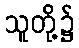
သူတို့၌